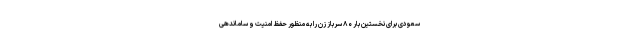
سعودی برای نخستین بار ۸۰ سرباز زن را به منظور حفظ امنیت و ساماندهی